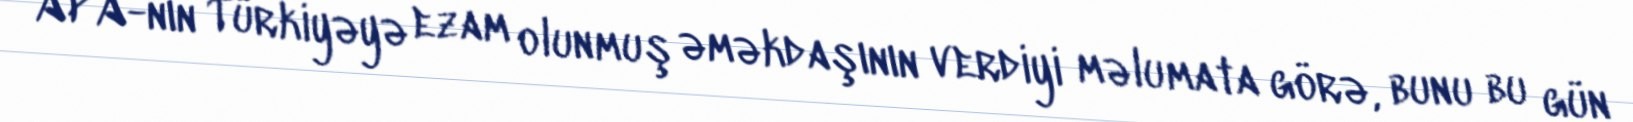
APA-nın Türkiyəyə ezam olunmuş əməkdaşının verdiyi məlumata görə, bunu bu gün